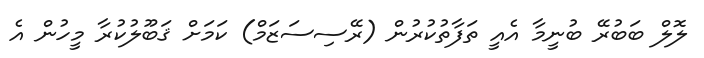
ލޮލް ބަބުރޭ ބުނީމާ އެެއީ ތަފާތުކުރުން (ރޭސިސަޒަމް) ކަމަށް ޤަބޫލުކުރާ މީހުން އެ